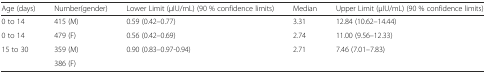
<table><thead><tr><td><b>Age (days)</b></td><td><b>Number(gender)</b></td><td><b>Lower Limit (μIU/mL) (90 % confidence limits)</b></td><td><b>Median</b></td><td><b>Upper Limit (μIU/mL) (90 % confidence limits)</b></td></tr></thead><tbody><tr><td>0 to 14</td><td>415 (M)</td><td>0.59 (0.42–0.77)</td><td>3.31</td><td>12.84 (10.62–14.44)</td></tr><tr><td>0 to 14</td><td>479 (F)</td><td>0.56 (0.42–0.69)</td><td>2.74</td><td>11.00 (9.56–12.33)</td></tr><tr><td rowspan="2">15 to 30</td><td>359 (M)</td><td rowspan="2">0.90 (0.83–0.97-0.94)</td><td rowspan="2">2.71</td><td rowspan="2">7.46 (7.01–7.83)</td></tr><tr><td>386 (F)</td></tr></tbody></table>